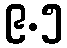
၉.၅